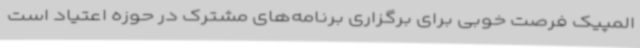
المپیک فرصت خوبی برای برگزاری برنامه‌های مشترک در حوزه اعتیاد است